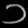
Digit: ၁